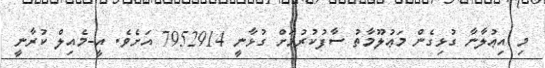
މި އިޢުލާނާ ގުޅިގެން މަޢުލޫމާތު ސާފުކުރުމަށް ގުޅާނީ 7952914 އަށެވެ. އީ-މެއިލް ކުރާނީ